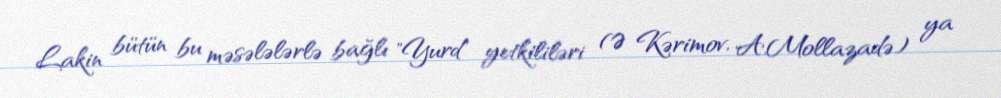
Lakin bütün bu məsələlərlə bağlı "Yurd" yetkililəri (Ə Kərimov, A.Mollazadə) ya